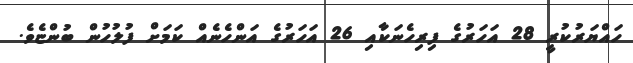
ހައްޔަރުކުރީ 28 އަހަރުގެ ފިރިހެނަކާއި 26 އަހަރުގެ އަންހެނެއް ކަމަށް ފުލުހުން ބުންޏެވެ.